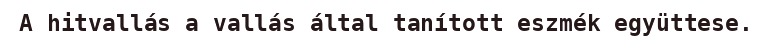
A hitvallás a vallás által tanított eszmék együttese.